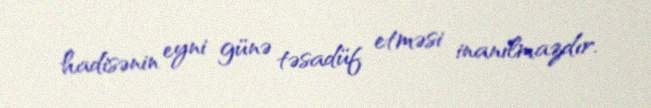
hadisənin eyni günə təsadüf etməsi inanılmazdır.